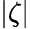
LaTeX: |\zeta|